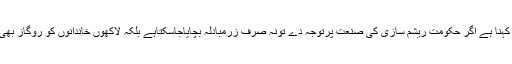
مقامی ٹھیکیداروں کا کہنا ہے اگر حکومت ریشم سازی کی صنعت پرتوجہ دے تونہ صرف زرمبادلہ بچایاجاسکتاہے بلکہ لاکھوں خاندانوں کو روگاز بھی فراہم کیاجاسکتاہے ۔